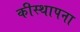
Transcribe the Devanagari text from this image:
कीस्थापना